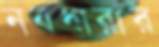
নবধারার